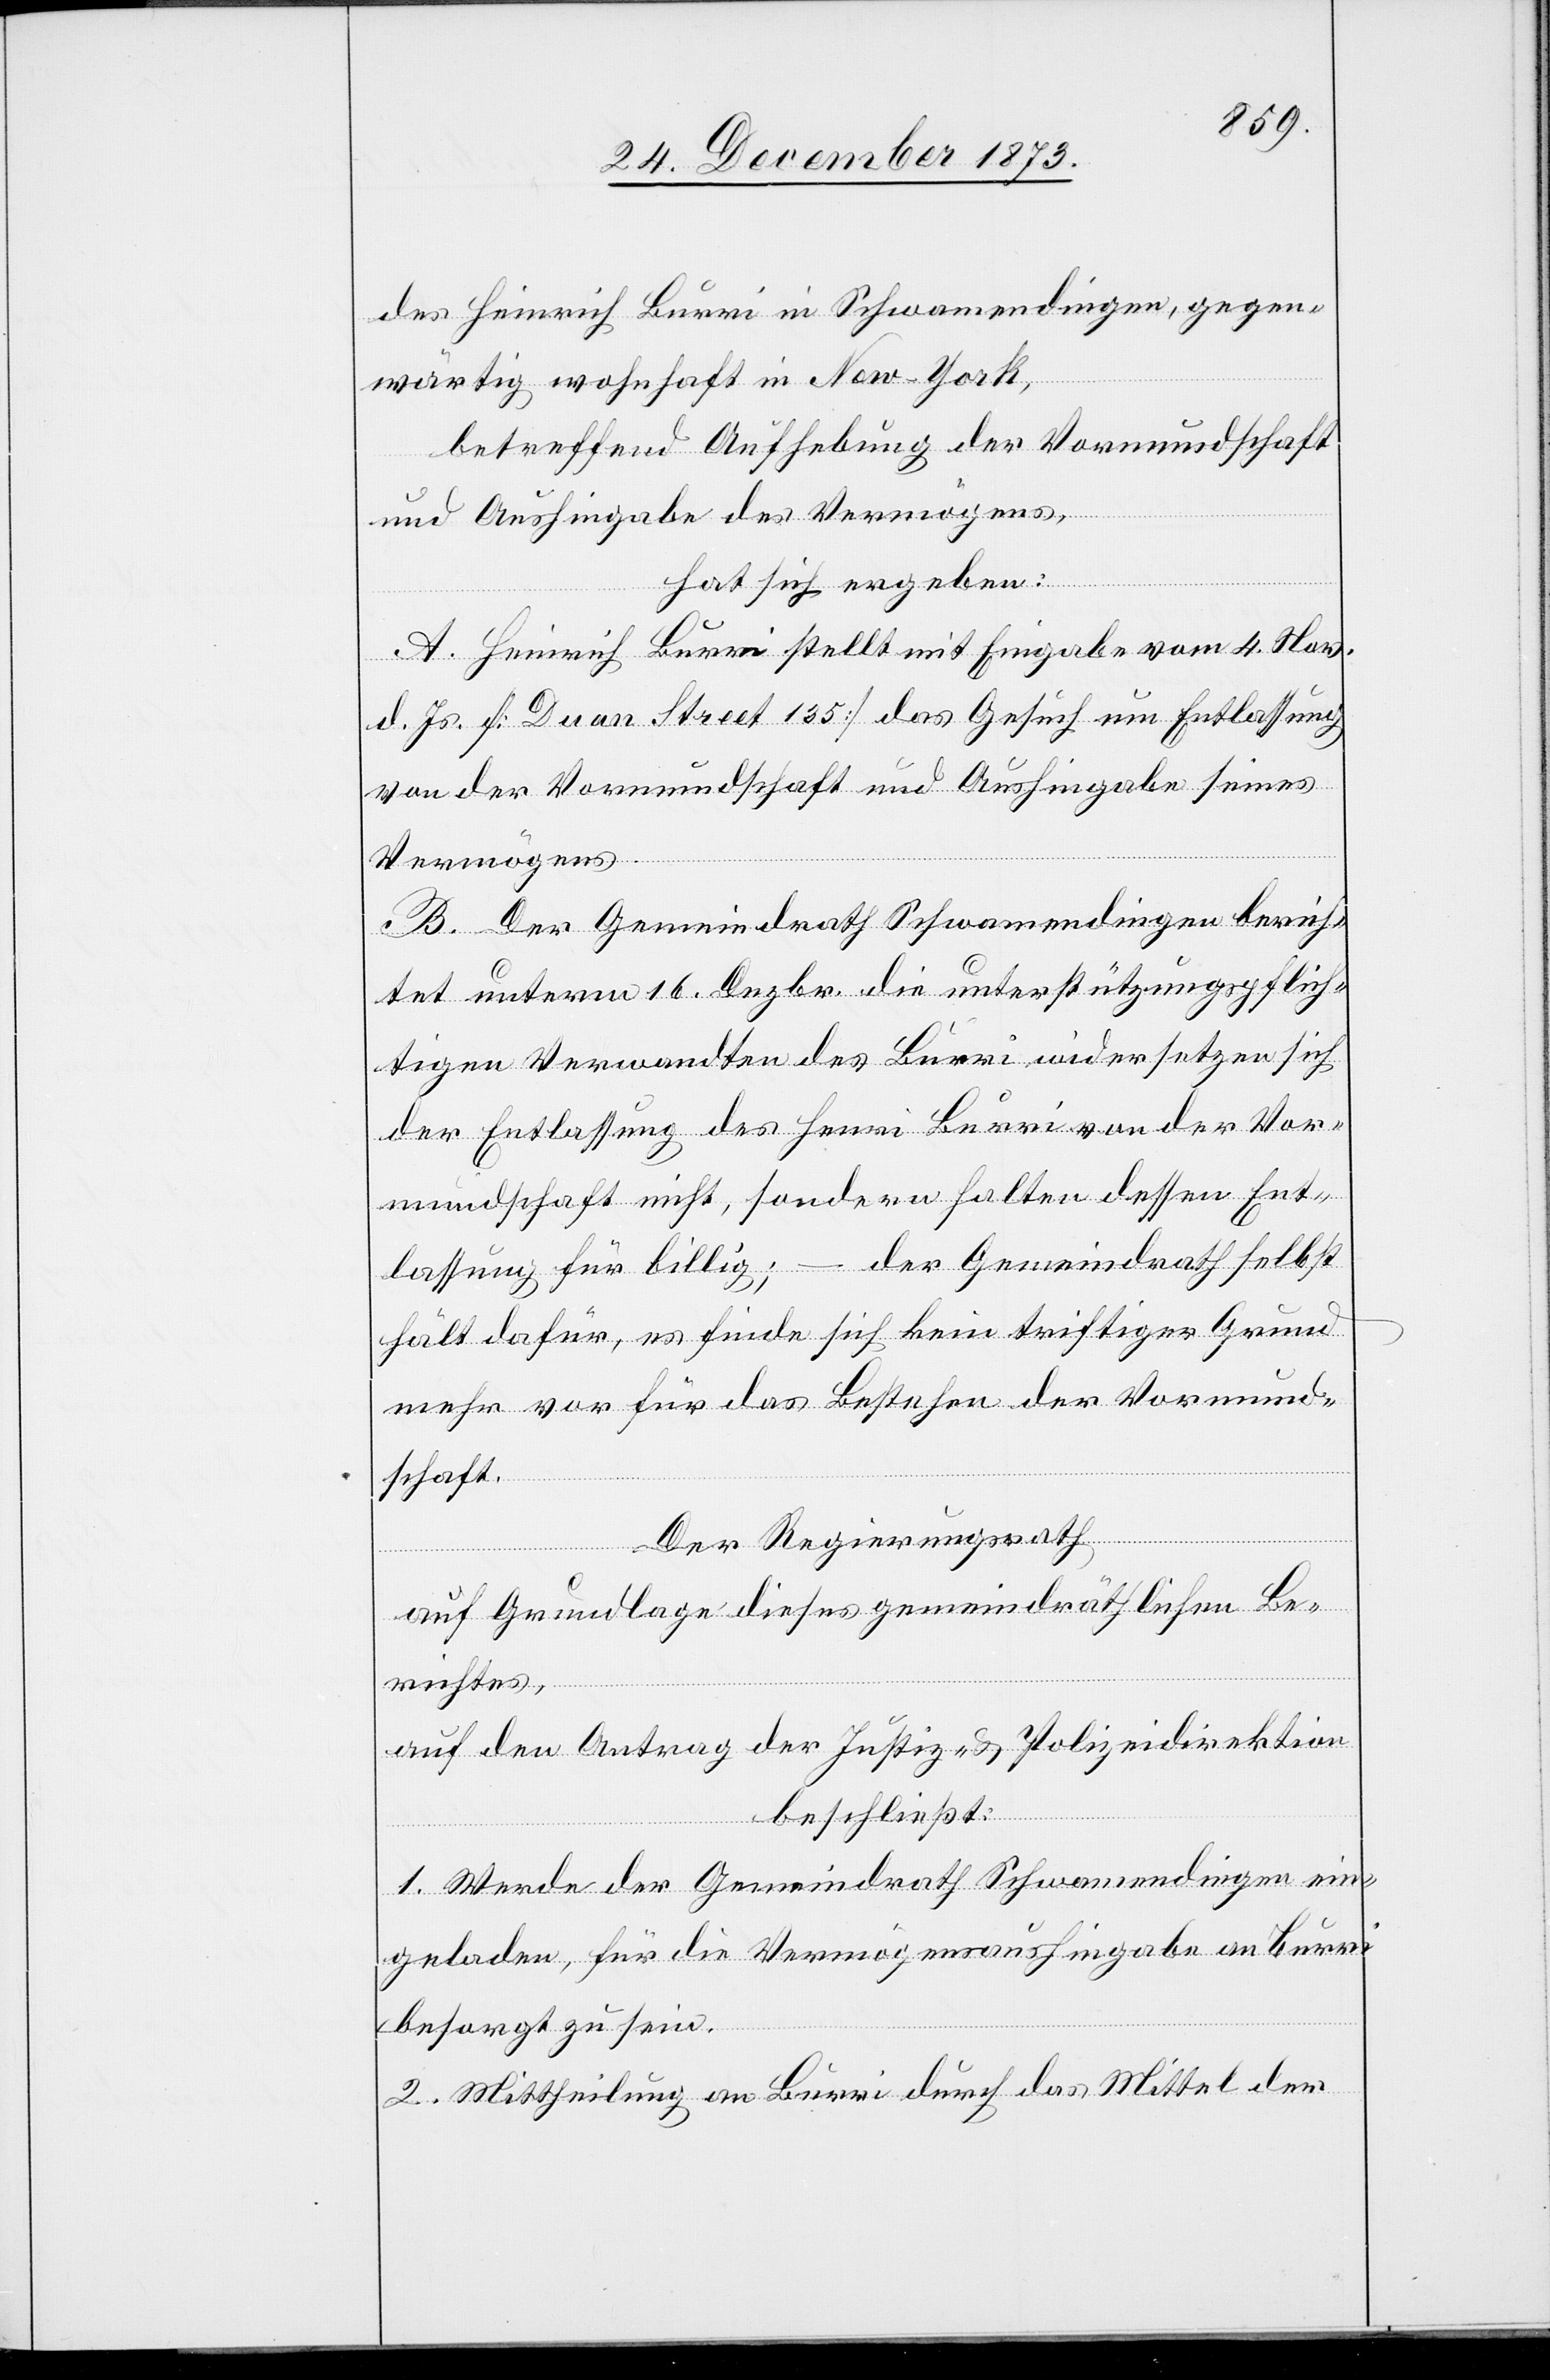
des Heinrich Burri in Schwamendingen, gegen¬
wärtig wohnhaft in New-York,
betreffend Aufhebung der Vormundschaft
und Aushingabe des Vermögens,
hat sich ergeben:
A. Heinrich Burri stellt mit Eingabe vom 4. Nov.
d. Js. [Duan Street 135] das Gesuch um Entlassung
von der Vormundschaft und Aushingabe seines
Vermögens.
B. Der Gemeindrath Schwamendingen berich¬
tet unterm 16. Dezbr. die unterstützungspflich¬
tigen Verwandten des Burri widersetzen sich
der Entlassung des Henri Burri von der Vor¬
mundschaft nicht, sondern halten dessen Ent¬
lassung für billig; – der Gemeindrath selbst
hält dafür, es finde sich kein triftiger Grund
mehr vor für das Bestehen der Vormund¬
schaft.
Der Regierungsrath
auf Grundlage dieses gemeindräthlichen Be¬
richtes,
auf den Antrag der Justiz- & Polizeidirektion,
beschließt:
1. Werde der Gemeindrath Schwamendingen ein¬
geladen, für die Vermögensaushingabe an Burri
besorgt zu sein.
2. Mittheilung an Burri durch das Mittel der